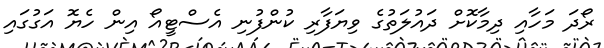
ރޯދަ މަހާއި ދިމާކޮށް ދައުލަތުގެ ވިޔަފާރި ކުންފުނި އެސްޓީއޯ އިން ހެޔޮ އަގުގައި